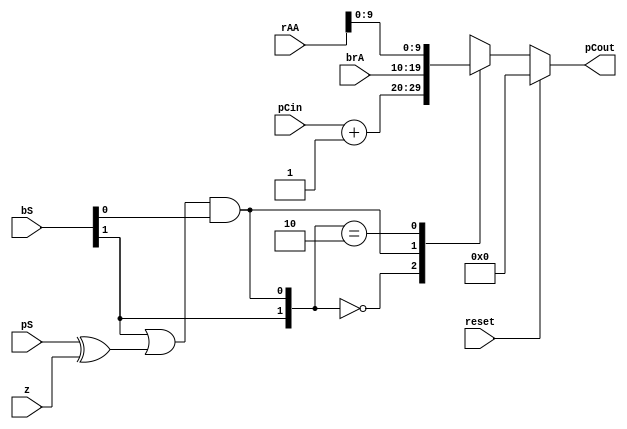
`timescale 1ns / 1ps
//////////////////////////////////////////////////////////////////////////////////
// Company: 
// Engineer: 
// 
// Design Name: 
// Module Name: muxC
// Project Name: 
// Target Devices: 
// Tool Versions: 
// Description: 
// 
// Dependencies: 
// 
// Revision:
// Revision 0.01 - File Created
// Additional Comments:
// 
//////////////////////////////////////////////////////////////////////////////////


module muxC(
    input            reset,
    input      [9:0]  pCin,
    input      [9:0]   brA,
    input      [31:0]  rAA,
    input      [1:0]    bS,
    input               pS,
    input                z,
    output reg [9:0] pCout
    );
    
reg [1:0] sel;
    
always @ (*) begin
    if (reset) pCout = 0;

    else begin 
        sel = {bS[1], ((bS[1] | (pS ^ z)) & bS[0])}; 
    
        casex(sel)
            2'b00:   pCout = pCin + 1;
            2'bX1:   pCout =      brA;
            2'b10:   pCout = rAA[9:0];
            default: pCout =        0;
        endcase    
    end
end

endmodule